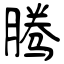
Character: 腾